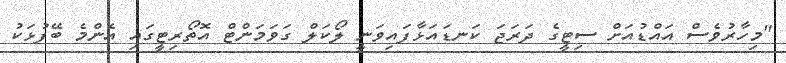
"މިހާރުވެސް އައްޑުއަށް ސިޓީގެ ދަރަޖަ ކަނޑައަޅާފައިވަނީ ލޯކަލް ގަވަމަންޓް އޮތޯރިޓީގައި އެންމެ ބޭފުޅަކު